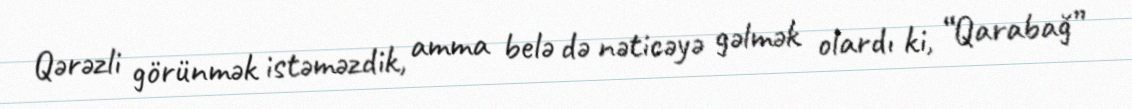
Qərəzli görünmək istəməzdik, amma belə də nəticəyə gəlmək olardı ki, “Qarabağ”